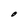
Character: O